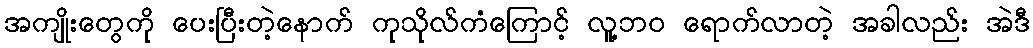
အကျိုးတွေကို ပေးပြီးတဲ့နောက် ကုသိုလ်ကံကြောင့် လူ့ဘဝ ရောက်လာတဲ့ အခါလည်း အဲဒီ